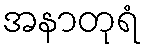
အနာတုရံ